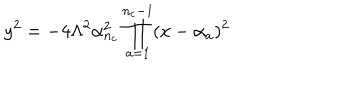
y ^ { 2 } = - 4 \Lambda ^ { 2 } \alpha _ { n _ { c } } ^ { 2 } \prod _ { a = 1 } ^ { n _ { c } - 1 } ( x - \alpha _ { a } ) ^ { 2 }